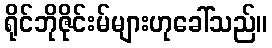
ရိုင်ဘိုဇိုင်းမ်များဟုခေါ်သည်။